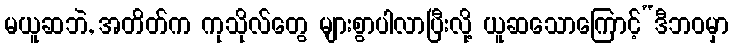
မယူဆဘဲ, အတိတ်က ကုသိုလ်တွေ များစွာပါလာပြီးလို့ ယူဆသောကြောင့်“ဒီဘဝမှာ